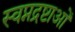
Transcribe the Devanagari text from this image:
स्वप्नद्रष्टाओं